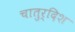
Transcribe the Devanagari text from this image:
चातुर्दिश